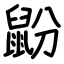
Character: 鼢